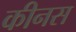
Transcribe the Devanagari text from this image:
कीनस